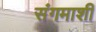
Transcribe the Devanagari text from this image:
संगमाशी